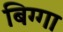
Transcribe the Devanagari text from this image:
बिग्गा